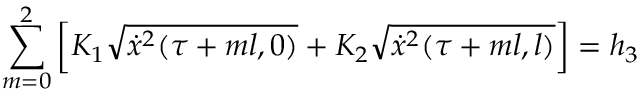
\sum _ { m = 0 } ^ { 2 } \left[ K _ { 1 } \sqrt { \dot { x } ^ { 2 } ( \tau + m l , 0 ) } + K _ { 2 } \sqrt { \dot { x } ^ { 2 } ( \tau + m l , l ) } \right] = h _ { 3 }